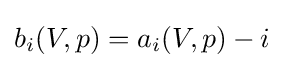
b_{i}(V,p)=a_{i}(V,p)-i